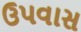
ઉપવાસ